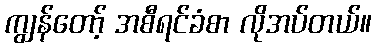
ကျွန်တော့် အစီရင်ခံစာ လိုအပ်တယ်။